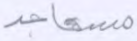
مساجد